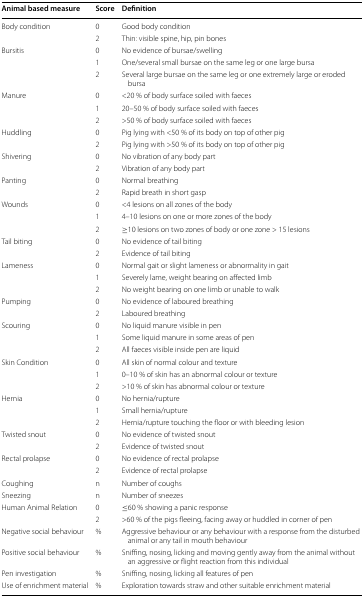
| Animal based measure | Score | Definition |
 | --- | --- | --- |
 | Body condition | 0 | Good body condition |
 |  | 2 | Thin: visible spine, hip, pin bones |
 | Bursitis | 0 | No evidence of bursae/swelling |
 |  | 1 | One/several small bursae on the same leg or one large bursa |
 |  | 2 | Several large bursae on the same leg or one extremely large or eroded bursa |
 | Manure | 0 | <20 % of body surface soiled with faeces |
 |  | 1 | 20–50 % of body surface soiled with faeces |
 |  | 2 | >50 % of body surface soiled with faeces |
 | Huddling | 0 | Pig lying with <50 % of its body on top of other pig |
 |  | 2 | Pig lying with >50 % of its body on top of other pig |
 | Shivering | 0 | No vibration of any body part |
 |  | 2 | Vibration of any body part |
 | Panting | 0 | Normal breathing |
 |  | 2 | Rapid breath in short gasp |
 | Wounds | 0 | <4 lesions on all zones of the body |
 |  | 1 | 4–10 lesions on one or more zones of the body |
 |  | 2 | ≥10 lesions on two zones of body or one zone > 15 lesions |
 | Tail biting | 0 | No evidence of tail biting |
 |  | 2 | Evidence of tail biting |
 | Lameness | 0 | Normal gait or slight lameness or abnormality in gait |
 |  | 1 | Severely lame, weight bearing on affected limb |
 |  | 2 | No weight bearing on one limb or unable to walk |
 | Pumping | 0 | No evidence of laboured breathing |
 |  | 2 | Laboured breathing |
 | Scouring | 0 | No liquid manure visible in pen |
 |  | 1 | Some liquid manure in some areas of pen |
 |  | 2 | All faeces visible inside pen are liquid |
 | Skin Condition | 0 | All skin of normal colour and texture |
 |  | 1 | 0–10 % of skin has an abnormal colour or texture |
 |  | 2 | >10 % of skin has abnormal colour or texture |
 | Hernia | 0 | No hernia/rupture |
 |  | 1 | Small hernia/rupture |
 |  | 2 | Hernia/rupture touching the floor or with bleeding lesion |
 | Twisted snout | 0 | No evidence of twisted snout |
 |  | 2 | Evidence of twisted snout |
 | Rectal prolapse | 0 | No evidence of rectal prolapse |
 |  | 2 | Evidence of rectal prolapse |
 | Coughing | n | Number of coughs |
 | Sneezing | n | Number of sneezes |
 | Human Animal Relation | 0 | ≤60 % showing a panic response |
 |  | 2 | >60 % of the pigs fleeing, facing away or huddled in corner of pen |
 | Negative social behaviour | % | Aggressive behaviour or any behaviour with a response from the disturbed animal or any tail in mouth behaviour |
 | Positive social behaviour | % | Sniffing, nosing, licking and moving gently away from the animal without an aggressive or flight reaction from this individual |
 | Pen investigation | % | Sniffing, nosing, licking all features of pen |
 | Use of enrichment material | % | Exploration towards straw and other suitable enrichment material |